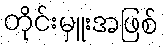
တိုင်းမှူးအဖြစ်